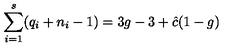
\sum _ { i = 1 } ^ { s } ( q _ { i } + n _ { i } - 1 ) = 3 g - 3 + { \hat { c } } ( 1 - g )